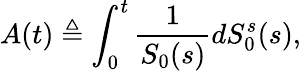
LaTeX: A(t)\triangleq\int_{0}^{t}{\frac{1}{S_{0}(s)}}dS_{0}^{s}(s),